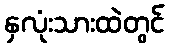
နှလုံးသားထဲတွင်